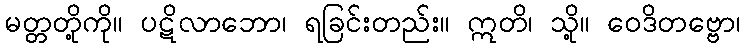
မတ္တတို့ကို။ ပဋိလာဘော၊ ရခြင်းတည်း။ ဣတိ၊ သို့။ ဝေဒိတဗ္ဗော၊